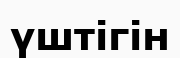
үштігін